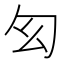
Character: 𠣎